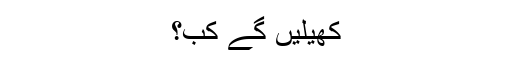
کھیلیں گے کب؟